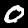
Digit: 0